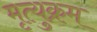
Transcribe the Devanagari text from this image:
मृत्युक्रम